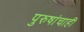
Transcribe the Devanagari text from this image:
पुरुषांचाही